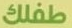
طفلك